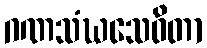
ဂဏသံဃသေဝိတာ